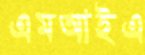
এমআইএ